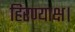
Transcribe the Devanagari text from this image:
हिरण्याक्ष।